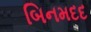
બિનમદદ